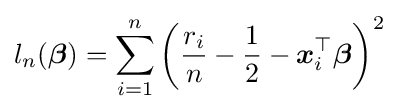
l_{n}({\boldsymbol {\beta }})=\sum _{i=1}^{n}\left({\frac {r_{i}}{n}}-{\frac {1}{2}}-{\boldsymbol {x}}_{i}^{\top }{\boldsymbol {\beta }}\right)^{2}